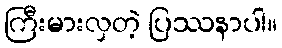
ကြီးမားလှတဲ့ ပြဿနာပါ။